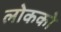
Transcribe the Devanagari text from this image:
लोकको